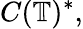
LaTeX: C(\mathbb{T})^{\ast},